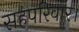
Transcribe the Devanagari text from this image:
सहपरिवार।